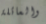
والعائلة